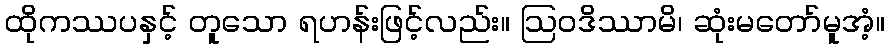
ထိုကဿပနှင့် တူသော ရဟန်းဖြင့်လည်း။ ဩဝဒိဿာမိ၊ ဆုံးမတော်မူအံ့။